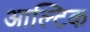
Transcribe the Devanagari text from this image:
आल्टिक